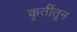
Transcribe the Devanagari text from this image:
कृतींतून